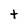
Character: t